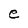
Character: e